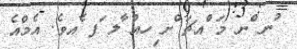
ުނ ްނ މަ ްއޗަ ްށ ިހއް ާލ ަފ ެއވެ. އެމްއެ